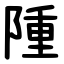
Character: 隀